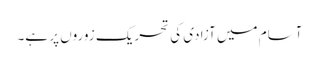
آسام میں آزادی کی تحریک زوروں پر ہے۔